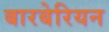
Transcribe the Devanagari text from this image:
बारबेरियन